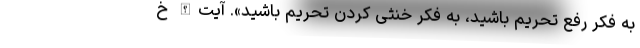
به فکر رفع تحریم باشید، به فکر خنثی کردن تحریم باشید». آیت‌الله خ